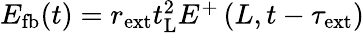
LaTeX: \begin{array}{r}{E_{\mathrm{fb}}(t)=r_{\mathrm{ext}}t_{\mathrm{L}}^{2}E^{+}\left(L,t-\tau_{\mathrm{ext}}\right)}\end{array}